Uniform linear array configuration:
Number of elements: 16
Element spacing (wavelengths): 0.75
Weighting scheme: kaiser
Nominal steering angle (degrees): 60
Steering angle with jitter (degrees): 58.039
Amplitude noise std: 0.05
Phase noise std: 0.05

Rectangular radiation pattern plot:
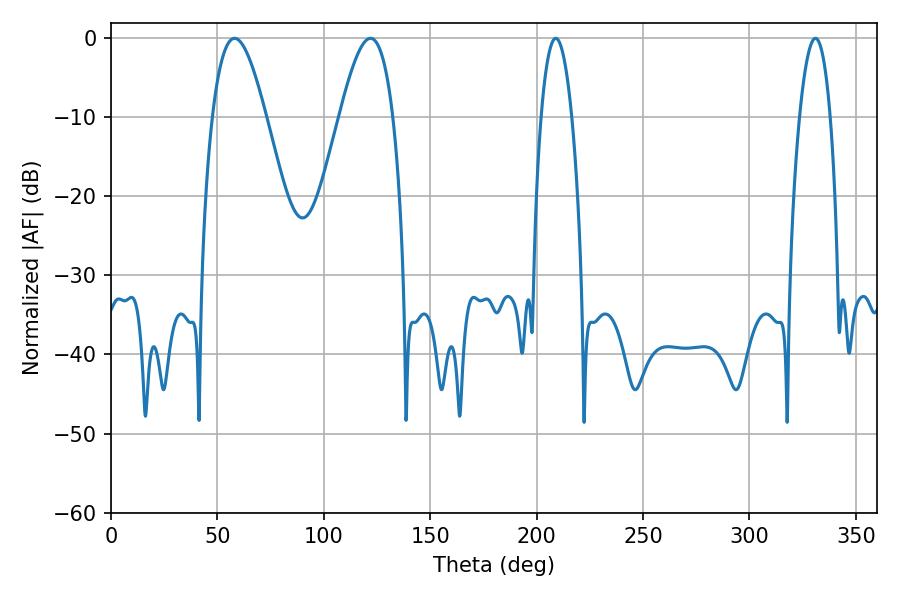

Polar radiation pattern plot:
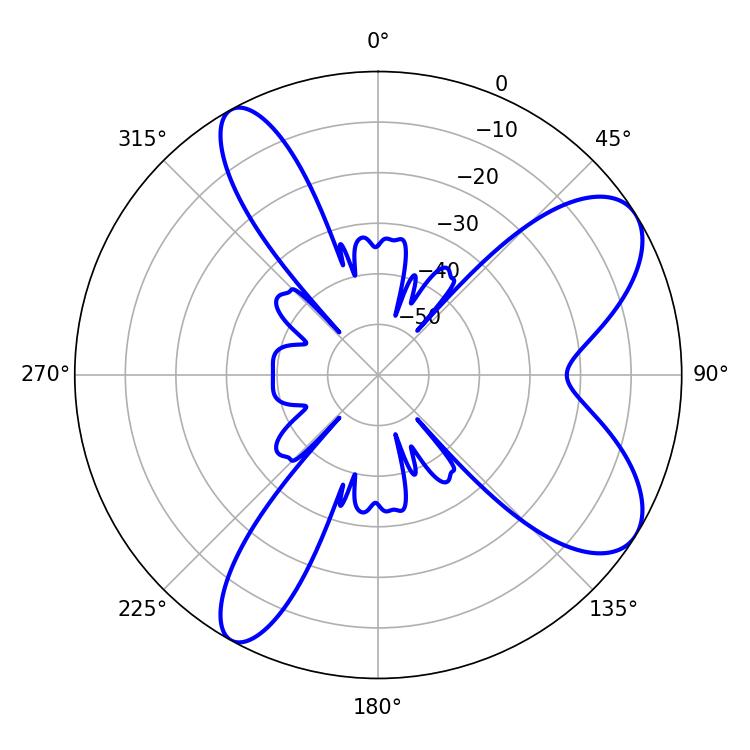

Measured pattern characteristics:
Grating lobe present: TRUE
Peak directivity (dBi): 8.242
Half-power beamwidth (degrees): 8.1
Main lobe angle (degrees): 208.98